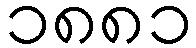
၁၈၈၁